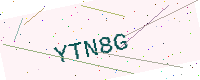
Text: YTN8G